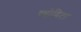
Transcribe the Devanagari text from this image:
ग्योविटा